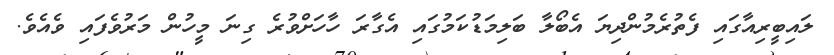
ލައިބީރިއާގައި ފެތުރެމުންދިޔަ އެބޯލާ ބަލިމަޑުކަމުގައި އެގާރަ ހާހަށްވުރެ ގިނަ މީހުން މަރުވެފައި ވެއެވެ.